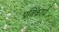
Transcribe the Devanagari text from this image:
प्रतिकार्य